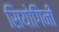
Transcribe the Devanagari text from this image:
सियोगिनी